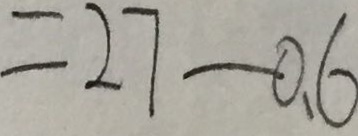
= 2 7 - 0 . 6